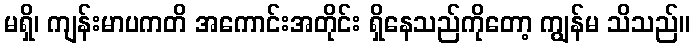
မရှိ၊ ကျန်းမာပကတိ အကောင်းအတိုင်း ရှိနေသည်ကိုတော့ ကျွန်မ သိသည်။